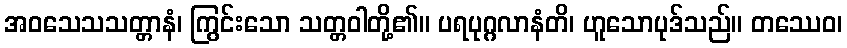
အဝသေသသတ္တာနံ၊ ကြွင်းသော သတ္တဝါတို့၏။ ပရပုဂ္ဂလာနံတိ၊ ဟူသောပုဒ်သည်။ တဿေဝ၊